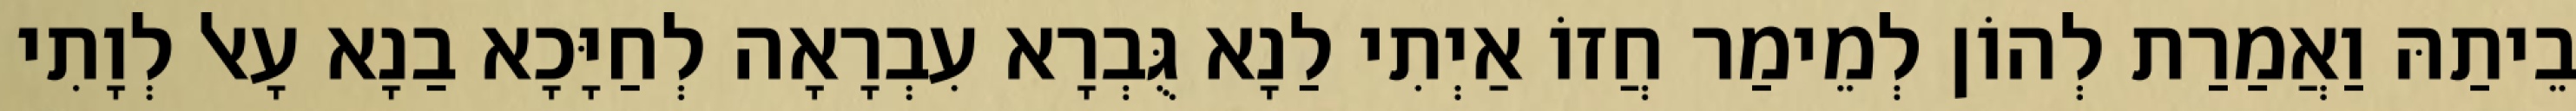
בֵיתַהּ וַאֲמַרַת לְהוֹן לְמֵימַר חֲזוֹ אַיְתִי לַנָא גֻּבְרָא עִבְרָאָה לְחַיָּכָא בַנָא עָאל לְוָתִי